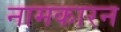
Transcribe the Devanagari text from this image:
नामकारन